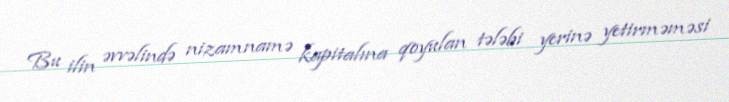
Bu ilin əvvəlində nizamnamə kapitalına qoyulan tələbi yerinə yetirməməsi